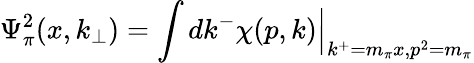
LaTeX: \Psi_{\pi}^{2}(x,k_{\perp})=\int dk^{-}\chi(p,k)\Big|_{k^{+}=m_{\pi}x,p^{2}=m_{\pi}}